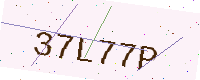
Text: 37L77P